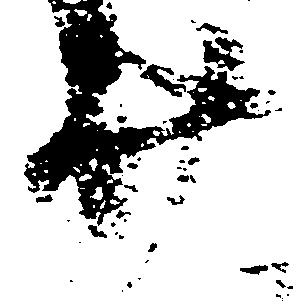
廿